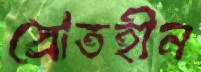
স্রোতহীন